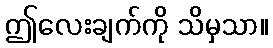
ဤလေးချက်ကို သိမှသာ။